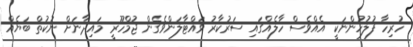
ހުރިހާ ފުލުހުންނަކީ އެއްވެސް ހާލެއްގައި ސަރުކާރު ވައްޓާލަންވެގެން ޖުމްހޫރީ މައިދާނަށް ނުކުތް ބަޔެއް